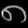
Digit: ၈